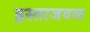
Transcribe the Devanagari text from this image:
हस्ताजवळ